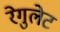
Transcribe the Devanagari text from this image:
रेगुलेट